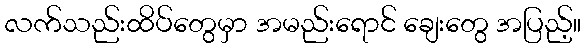
လက်သည်းထိပ်တွေမှာ အမည်းရောင် ချေးတွေ အပြည့်။